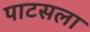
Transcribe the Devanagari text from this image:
पाटसला